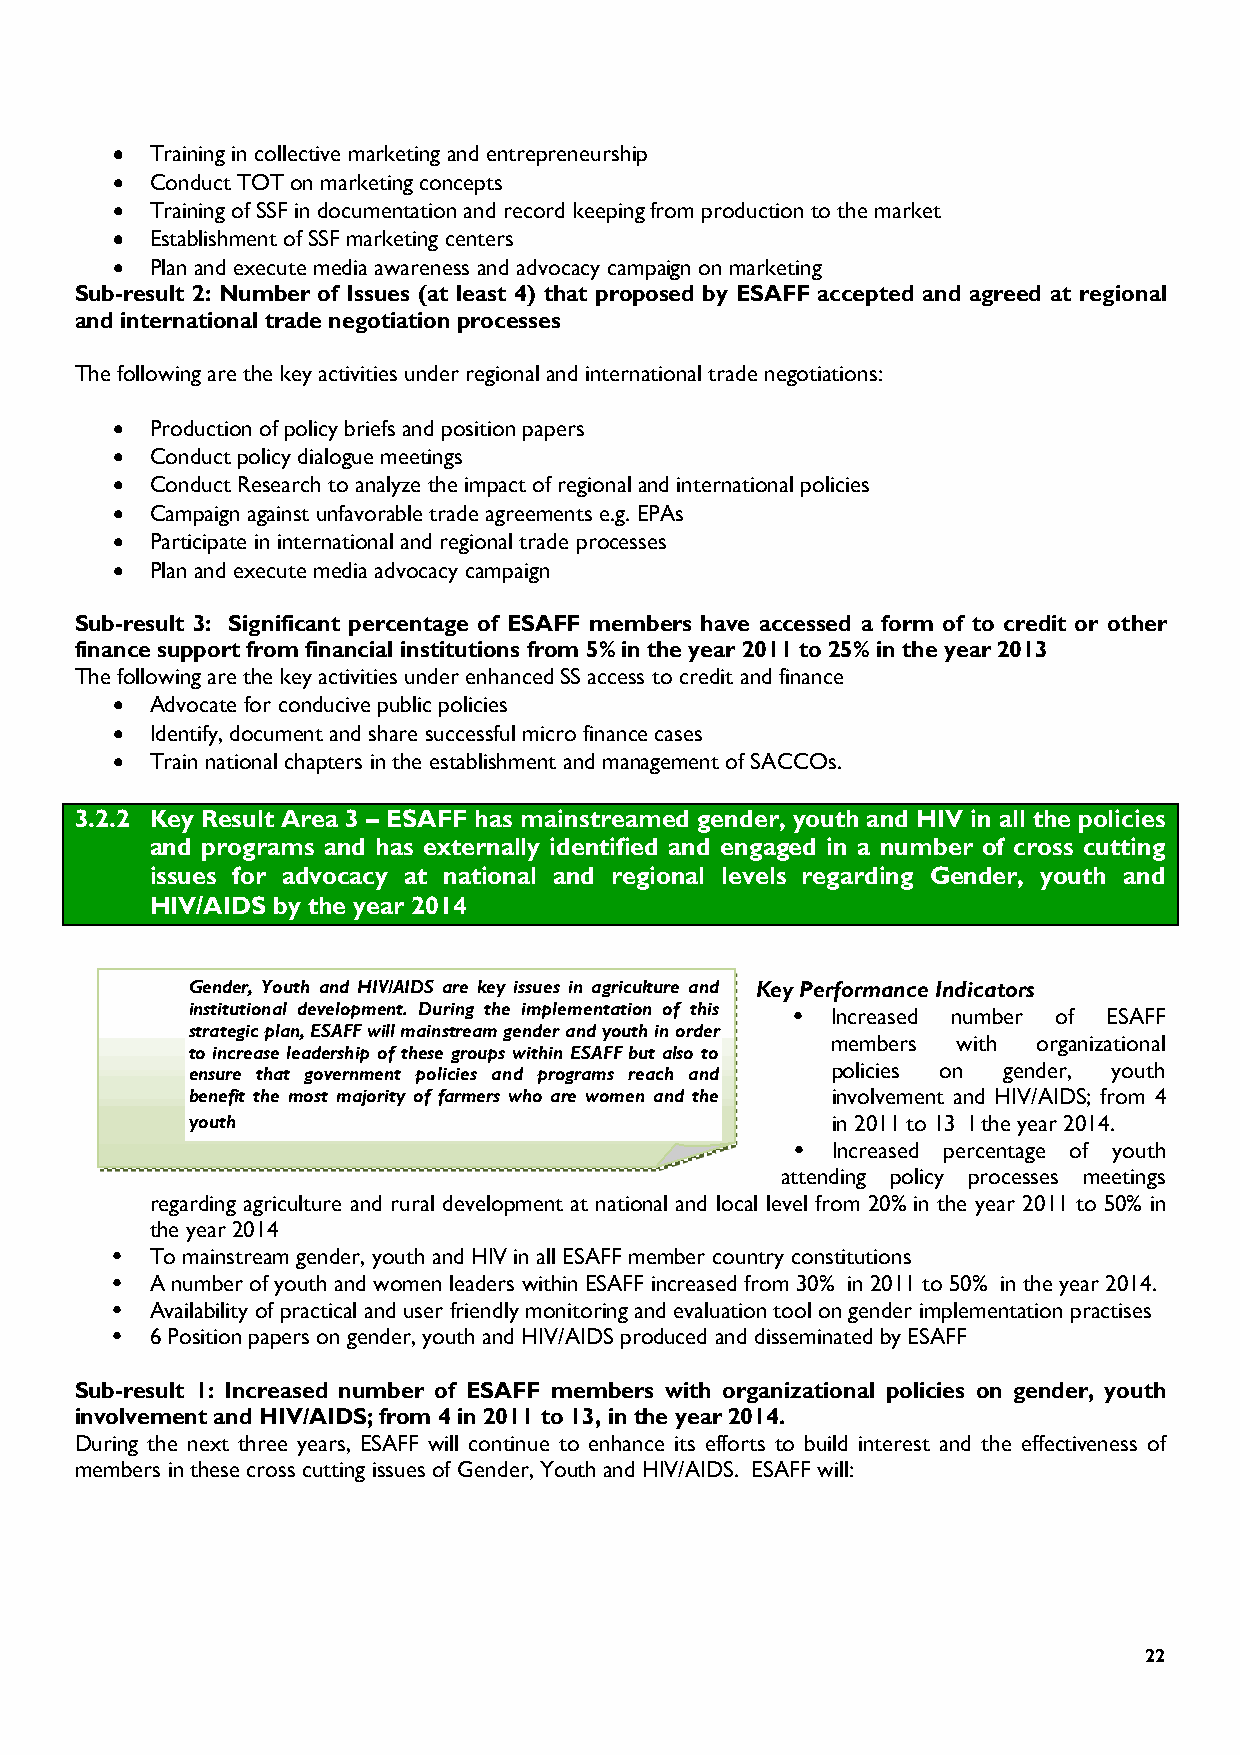
•••• Training in collective marketing and entrepreneurship
 •••• Conduct TOT on marketing concepts
 •••• Training of SSF in documentation and record keeping from production to the market
 •••• Establishment of SSF marketing centers
 •••• Plan and execute media awareness and advocacy campaign on marketing
 Sub-result 2: Number of Issues (at least 4) that proposed by ESAFF accepted and agreed at regional
 and international trade negotiation processes
 The following are the key activities under regional and international trade negotiations:
 •  Production of policy briefs and position papers
 •  Conduct policy dialogue meetings
 •  Conduct Research to analyze the impact of regional and international policies
 •  Campaign against unfavorable trade agreements e.g. EPAs
 •  Participate in international and regional trade processes
 •  Plan and execute media advocacy campaign
 Sub-result 3: Significant percentage of ESAFF members have accessed a form of to credit or other
 finance support from financial institutions from 5% in the year 2011 to 25% in the year 2013
 The following are the key activities under enhanced SS access to credit and finance
 •  Advocate for conducive public policies
 •  Identify, document and share successful micro finance cases
 •  Train national chapters in the establishment and management of SACCOs.
 3.2.2 Key Result Area 3 – ESAFF has mainstreamed gender, youth and HIV in all the policies
 and programs and has externally identified and engaged in a number of cross cutting
 issues for advocacy at national and regional levels regarding Gender, youth and
 HIV/AIDS by the year 2014
 Gender, Youth and HIV/AIDS are key issues in agriculture and Key Performance Indicators
 institutional development. During the implementation of this • Increased number of ESAFF
 strategic plan, ESAFF will mainstream gender and youth in order
 members with  organizational
 to increase leadership of these groups within ESAFF but also to
 ensure that government policies and programs reach and policies on gender, youth
 benefit the most majority of farmers who are women and the involvement and HIV/AIDS; from 4
 youth                                      in 2011 to 13 I the year 2014.
 • Increased percentage of youth
 attending policy processes meetings
 regarding agriculture and rural development at national and local level from 20% in the year 2011 to 50% in
 the year 2014
 •  To mainstream gender, youth and HIV in all ESAFF member country constitutions
 •  A number of youth and women leaders within ESAFF increased from 30% in 2011 to 50% in the year 2014.
 •  Availability of practical and user friendly monitoring and evaluation tool on gender implementation practises
 •  6 Position papers on gender, youth and HIV/AIDS produced and disseminated by ESAFF
 Sub-result 1: Increased number of ESAFF members with organizational policies on gender, youth
 involvement and HIV/AIDS; from 4 in 2011 to 13, in the year 2014.
 During the next three years, ESAFF will continue to enhance its efforts to build interest and the effectiveness of
 members in these cross cutting issues of Gender, Youth and HIV/AIDS. ESAFF will:
 22